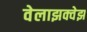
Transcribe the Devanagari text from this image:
वेलाझक्वेझ